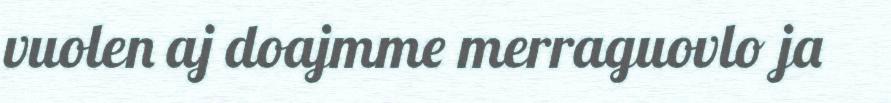
vuolen aj doajmme merraguovlo ja